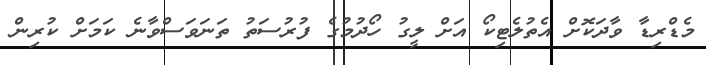
މެޑްރިޑާ ވާދަކޮށް އެތުލެޓިކޯ އަށް ލީގު ހޯދުމުގެ ފުރުސަތު ތަނަވަސްވާނެ ކަމަށް ކުރިން